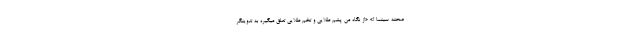
صحنه سینما !» «از نگاه من پشم طلایی و تخم طلایی تعلق میگیره به تدوینگر